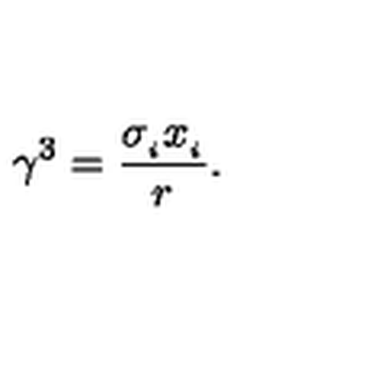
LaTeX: \gamma ^ { 3 } = \frac { \sigma _ { _ { i } } x _ { _ { i } } } { r } .